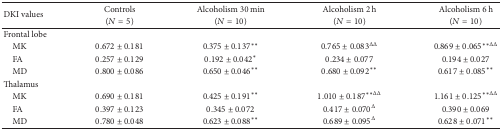
<table><thead><tr><td rowspan="2"><b>DKI values</b></td><td><b>Controls</b></td><td><b>Alcoholism 30 min</b></td><td><b>Alcoholism 2 h</b></td><td><b>Alcoholism 6 h</b></td></tr><tr><td><b>(<i>N</i> = 5)</b></td><td><b>(<i>N</i> = 10)</b></td><td><b>(<i>N</i> = 10)</b></td><td><b>(<i>N</i> = 10)</b></td></tr></thead><tbody><tr><td>Frontal lobe</td><td> </td><td> </td><td> </td><td> </td></tr><tr><td> MK</td><td>0.672 ± 0.181</td><td>0.375 ± 0.137<sup><i>∗∗</i></sup></td><td>0.765 ± 0.083<sup>ΔΔ</sup></td><td>0.869 ± 0.065<sup><i>∗∗</i>ΔΔ</sup></td></tr><tr><td> FA</td><td>0.257 ± 0.129</td><td>0.192 ± 0.042<sup><i>∗</i></sup></td><td>0.234 ± 0.077</td><td>0.194 ± 0.027</td></tr><tr><td> MD</td><td>0.800 ± 0.086</td><td>0.650 ± 0.046<sup><i>∗∗</i></sup></td><td>0.680 ± 0.092<sup><i>∗∗</i></sup></td><td>0.617 ± 0.085<sup><i>∗∗</i></sup></td></tr><tr><td>Thalamus</td><td> </td><td> </td><td> </td><td> </td></tr><tr><td> MK</td><td>0.690 ± 0.181</td><td>0.425 ± 0.191<sup><i>∗∗</i></sup></td><td>1.010 ± 0.187<sup><i>∗∗</i>ΔΔ</sup></td><td>1.161 ± 0.125<sup><i>∗∗</i>ΔΔ</sup></td></tr><tr><td> FA</td><td>0.397 ± 0.123</td><td>0.345 ± 0.072</td><td>0.417 ± 0.070<sup>Δ</sup></td><td>0.390 ± 0.069</td></tr><tr><td> MD</td><td>0.780 ± 0.048</td><td>0.623 ± 0.088<sup><i>∗∗</i></sup></td><td>0.689 ± 0.095<sup>Δ</sup></td><td>0.628 ± 0.071<sup><i>∗∗</i></sup></td></tr></tbody></table>